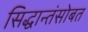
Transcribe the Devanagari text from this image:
सिद्धान्तंसोबत